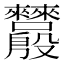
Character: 𬆵